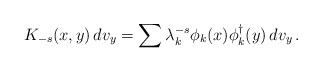
LaTeX: \begin{align*}K_{-s}(x,y)\,dv_y=\sum {\lambda}_k^{-s} {\phi}_k (x) {\phi}_k^{\dag}(y)\, dv_y\,.\end{align*}